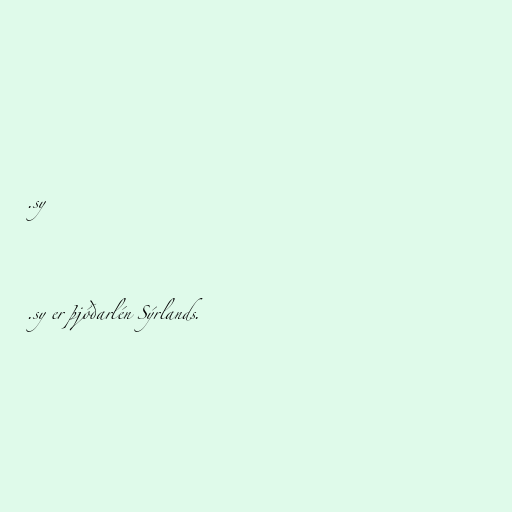
.sy

.sy er þjóðarlén Sýrlands.